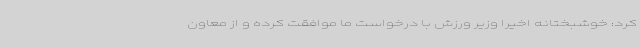
کرد: خوشبختانه اخیرا وزیر ورزش با درخواست ما موافقت کرده و از معاون